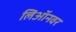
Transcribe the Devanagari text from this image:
लिऑनवर